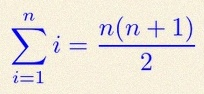
\sum_{i=1}^{n}i=\frac{n(n+1)}2